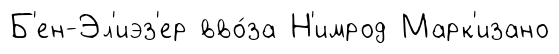
Б'ен-Эл'иэз'ер вво́за Н'имрод Марк'изано